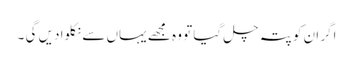
اگر ان کو پتہ چل گیا تو وہ مجھے یہاں سے نکلوا دیں گی ۔